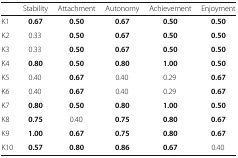
<table><thead><tr><td></td><td><b>Stability</b></td><td><b>Attachment</b></td><td><b>Autonomy</b></td><td><b>Achievement</b></td><td><b>Enjoyment</b></td></tr></thead><tbody><tr><td>K1</td><td><b>0.67</b></td><td><b>0.50</b></td><td><b>0.67</b></td><td><b>0.50</b></td><td><b>0.50</b></td></tr><tr><td>K2</td><td>0.33</td><td><b>0.50</b></td><td><b>0.67</b></td><td><b>0.50</b></td><td><b>0.50</b></td></tr><tr><td>K3</td><td>0.33</td><td><b>0.50</b></td><td><b>0.67</b></td><td><b>0.50</b></td><td><b>0.50</b></td></tr><tr><td>K4</td><td><b>0.80</b></td><td><b>0.50</b></td><td><b>0.80</b></td><td><b>1.00</b></td><td><b>0.50</b></td></tr><tr><td>K5</td><td>0.40</td><td><b>0.67</b></td><td>0.40</td><td>0.29</td><td><b>0.67</b></td></tr><tr><td>K6</td><td>0.40</td><td><b>0.67</b></td><td>0.40</td><td>0.29</td><td><b>0.67</b></td></tr><tr><td>K7</td><td><b>0.80</b></td><td><b>0.50</b></td><td><b>0.80</b></td><td><b>1.00</b></td><td><b>0.50</b></td></tr><tr><td>K8</td><td><b>0.75</b></td><td>0.40</td><td><b>0.75</b></td><td><b>0.80</b></td><td><b>0.67</b></td></tr><tr><td>K9</td><td><b>1.00</b></td><td><b>0.67</b></td><td><b>0.75</b></td><td><b>0.80</b></td><td><b>0.67</b></td></tr><tr><td>K10</td><td><b>0.57</b></td><td><b>0.80</b></td><td><b>0.86</b></td><td><b>0.67</b></td><td>0.40</td></tr></tbody></table>